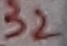
Text: 32